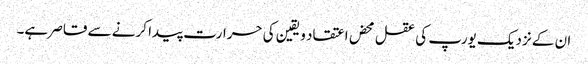
ان کے نزدیک یورپ کی عقل محض اعتقاد و یقین کی حرارت پیدا کرنے سے قاصر ہے۔